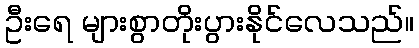
ဦးရေ များစွာတိုးပွားနိုင်လေသည်။